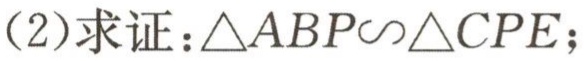
(2)求证：\(\triangle ABP\sim\triangle CPE\)；